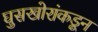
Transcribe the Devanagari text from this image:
घुसखोरांकडून